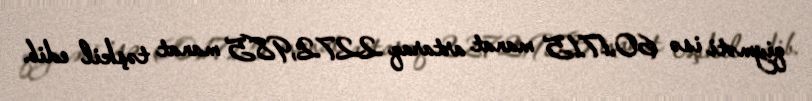
qiyməti isə 60,1715 manat artaraq 2272,985 manat təşkil edib.